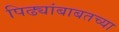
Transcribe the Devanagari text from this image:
पिढ्यांबाबतच्या